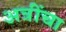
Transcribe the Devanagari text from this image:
अत्रींचा